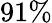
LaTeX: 91\%